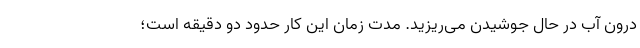
درون آب در حال جوشیدن می‌ریزید. مدت زمان این کار حدود دو دقیقه است؛